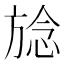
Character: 𪯺